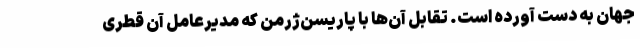
جهان به دست آورده است. تقابل آن‌ها با پاریسن‌ژرمن که مدیرعامل آن قطری